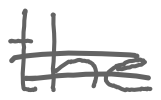
Text: the
Cross-out: double-line
Writing tool: digital_gray